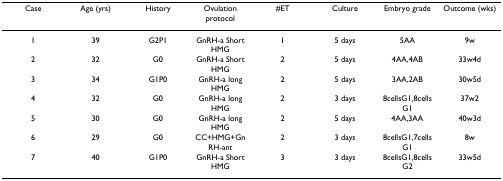
<table><thead><tr><td><b>Case</b></td><td><b>Age (yrs)</b></td><td><b>History</b></td><td><b>Ovulation protocol</b></td><td><b>#ET</b></td><td><b>Culture</b></td><td><b>Embryo grade</b></td><td><b>Outcome (wks)</b></td></tr></thead><tbody><tr><td>1</td><td>39</td><td>G2P1</td><td>GnRH-a Short HMG</td><td>1</td><td>5 days</td><td>5AA</td><td>9w</td></tr><tr><td>2</td><td>32</td><td>G0</td><td>GnRH-a Short HMG</td><td>2</td><td>5 days</td><td>4AA,4AB</td><td>33w4d</td></tr><tr><td>3</td><td>34</td><td>G1P0</td><td>GnRH-a long HMG</td><td>2</td><td>5 days</td><td>3AA,2AB</td><td>30w5d</td></tr><tr><td>4</td><td>32</td><td>G0</td><td>GnRH-a long HMG</td><td>2</td><td>3 days</td><td>8cellsG1,8cellsG1</td><td>37w2</td></tr><tr><td>5</td><td>30</td><td>G0</td><td>GnRH-a long HMG</td><td>2</td><td>5 days</td><td>4AA,3AA</td><td>40w3d</td></tr><tr><td>6</td><td>29</td><td>G0</td><td>CC+HMG+GnRH-ant</td><td>2</td><td>3 days</td><td>8cellsG1,7cellsG1</td><td>8w</td></tr><tr><td>7</td><td>40</td><td>G1P0</td><td>GnRH-a Short HMG</td><td>3</td><td>3 days</td><td>8cellsG1,8cellsG2</td><td>33w5d</td></tr></tbody></table>